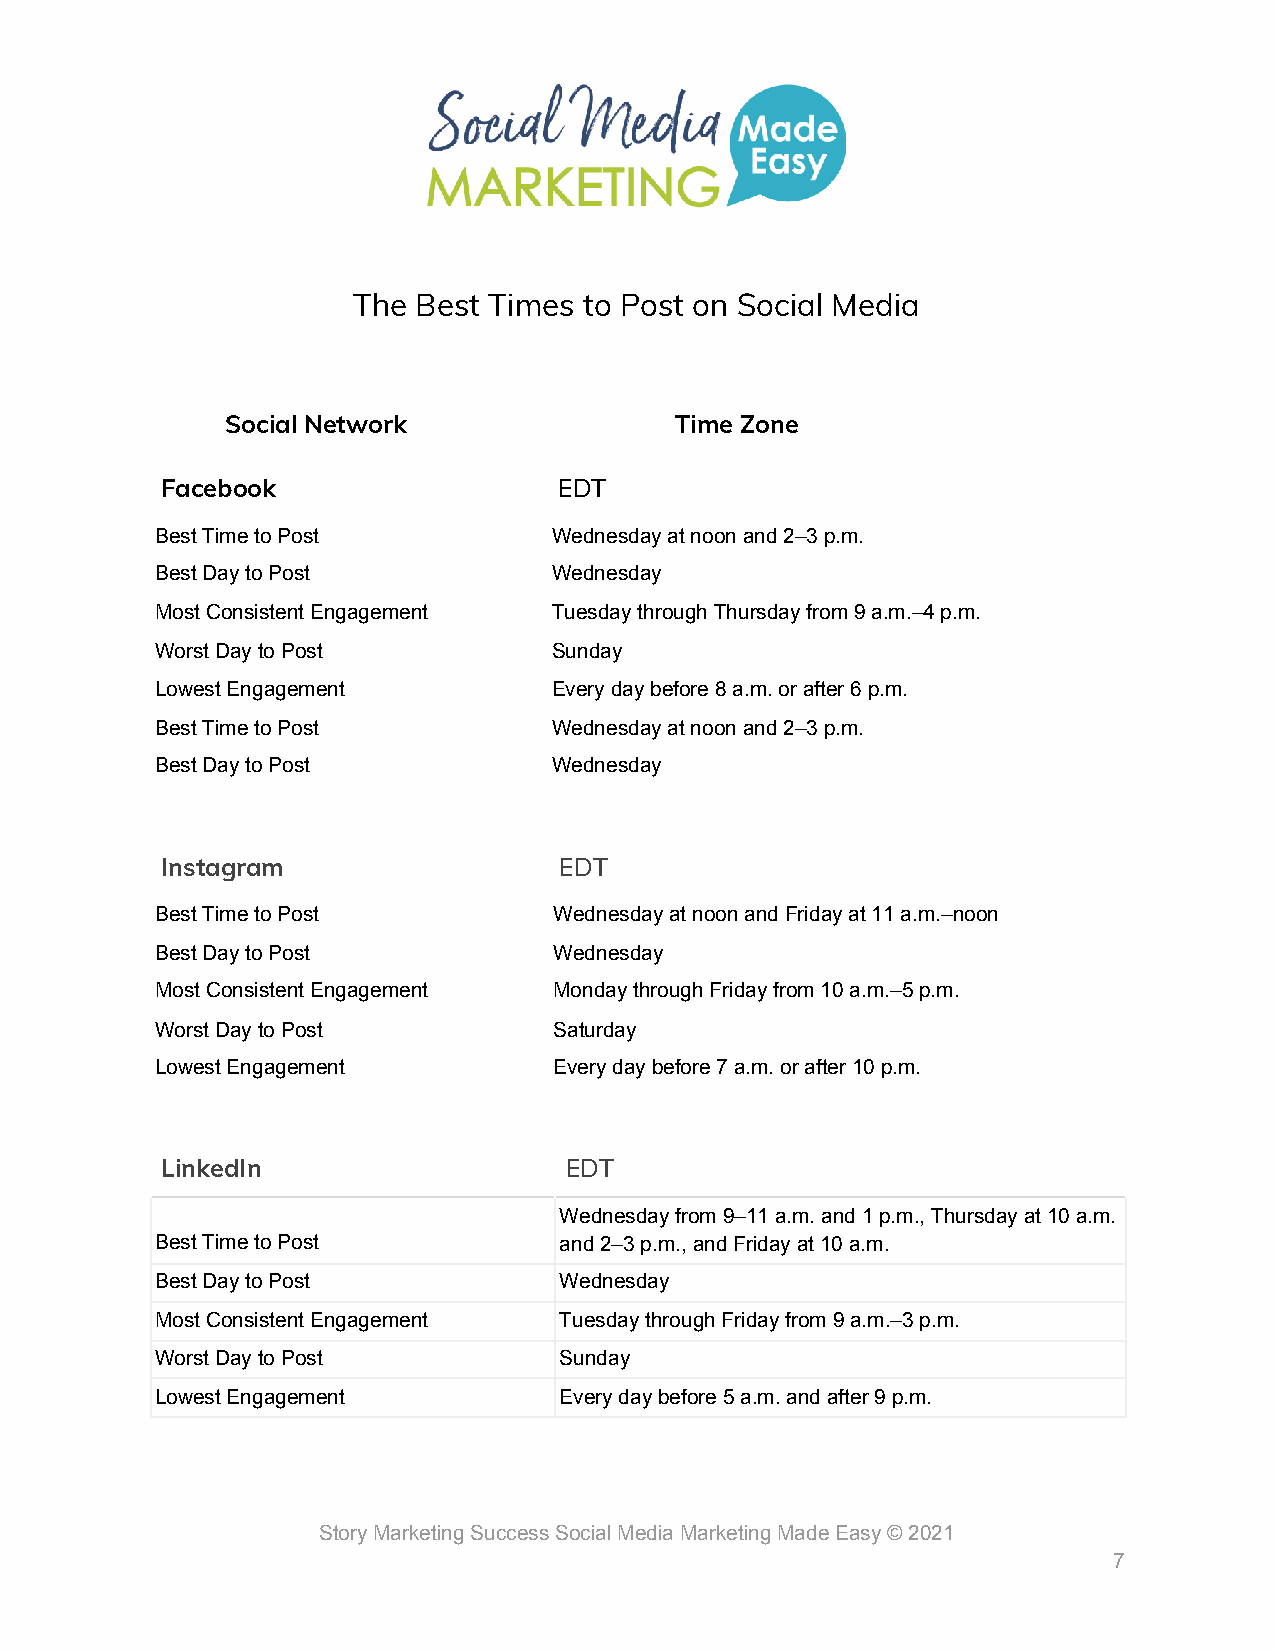
The  Best Times to Post on Social Media
 Social Network                Time Zone
 Facebook                  EDT
 Best Time to Post          Wednesday at noon and 2–3 p.m.
 Best Day to Post           Wednesday
 Most Consistent Engagement Tuesday through Thursday from 9 a.m.–4 p.m.
 Worst Day to Post          Sunday
 Lowest Engagement          Every day before 8 a.m. or after 6 p.m.
 Best Time to Post          Wednesday at noon and 2–3 p.m.
 Best Day to Post           Wednesday
 Instagram                 EDT
 Best Time to Post          Wednesday at noon and Friday at 11 a.m.–noon
 Best Day to Post           Wednesday
 Most Consistent Engagement Monday through Friday from 10 a.m.–5 p.m.
 Worst Day to Post          Saturday
 Lowest Engagement          Every day before 7 a.m. or after 10 p.m.
 LinkedIn                  EDT
 Wednesday from 9–11 a.m. and 1 p.m., Thursday at 10 a.m.
 Best Time to Post          and 2–3 p.m., and Friday at 10 a.m.
 Best Day to Post           Wednesday
 Most Consistent Engagement Tuesday through Friday from 9 a.m.–3 p.m.
 Worst Day to Post          Sunday
 Lowest Engagement          Every day before 5 a.m. and after 9 p.m.
 Story Marketing Success Social Media Marketing Made Easy © 2021
 7